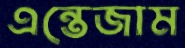
এন্তেজাম